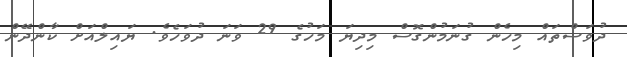
ދުވަސްތައް މިހެން ގުނަމުންގޮސް މިދިޔަ މަހުގެ 29 ވަނަ ދުވަހެވެ. ޔައިލްއަށް ކާންދޭން